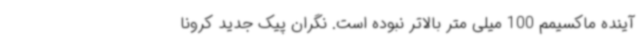
آینده ماکسیمم 100 میلی متر بالاتر نبوده است. نگران پیک جدید کرونا